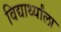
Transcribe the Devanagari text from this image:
विद्यार्थ्यांला